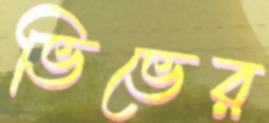
ভিভের